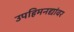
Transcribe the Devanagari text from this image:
उपहिमनद्यांवर